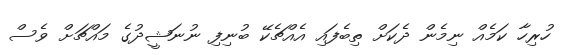
ހުރިހާ ކަމެއް ނިމެން ދެކަށް ތިބެފައި އެއްޗެކޭ ބުނިފި ނުނަޝީދުގެ މައްޗަށް ވެސް